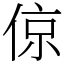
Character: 倞